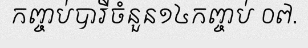
កញ្ចប់បារីចំនួន១៤កញ្ចប់ ០៧.